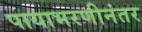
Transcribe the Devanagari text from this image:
पायाभरणीनंतर